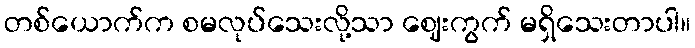
တစ်ယောက်က စမလုပ်သေးလို့သာ ဈေးကွက် မရှိသေးတာပါ။